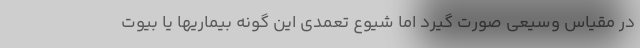
در مقیاس وسیعی صورت گیرد اما شیوع تعمدی این گونه بیماریها یا بیوت